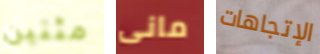
مئتين مانى الإتجاهات